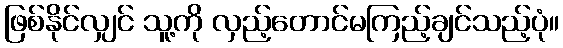
ဖြစ်နိုင်လျှင် သူ့ကို လှည့်တောင်မကြည့်ချင်သည့်ပုံ။